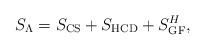
LaTeX: \begin{align*}S_\Lambda = S_\mathrm{CS} + S_\mathrm{HCD} + S_\mathrm{GF}^H,\end{align*}